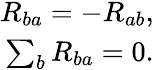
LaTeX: \begin{array}{r}{R_{ba}=-R_{ab},}\\ {\sum_{b}R_{ba}=0.}\end{array}